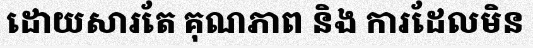
ដោយសារតែ គុណភាព និង ការដែលមិន